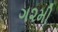
ગ૨મી